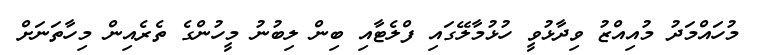
މުހައްމަދު މުއިއްޒު ވިދާޅުވީ ހުޅުމާލޭގައި ފްލެޓާއި ބިން ލިބުނު މީހުންގެ ތެރެއިން މިހާތަނަށް